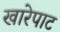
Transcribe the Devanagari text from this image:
खारेपाट